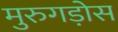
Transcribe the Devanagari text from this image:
मुरुगड़ोस